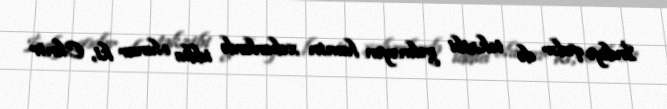
İndiyə qədər də təkzibi gəlməyən həmin xəbərlərdə iddia olunur ki, Elmir